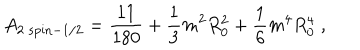
A _ { 2 \; \mathrm { { s p i n } } - 1 / 2 } = { \frac { 1 1 } { 1 8 0 } } + { \frac { 1 } { 3 } } m ^ { 2 } R _ { 0 } ^ { 2 } + { \frac { 1 } { 6 } } m ^ { 4 } R _ { 0 } ^ { 4 } \; ,